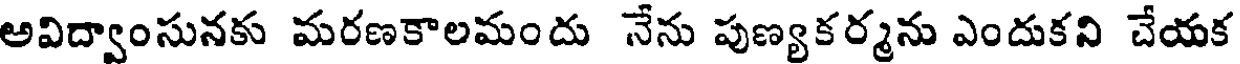
అవిద్వాంసునకు మరణకాలమందు నేను పుణ్యకర్మను ఎందుకని చేయక